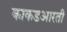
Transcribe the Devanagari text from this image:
काकडआरती